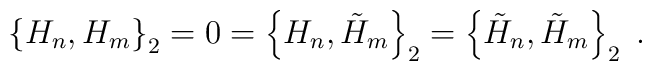
\left\{H_{n},H_{m}\right\}_{2} = 0 =\left\{H_{n},\tilde{H}_{m}\right\}_{2} =\left\{\tilde{H}_{n},\tilde{H}_{m}\right\}_{2}\;.